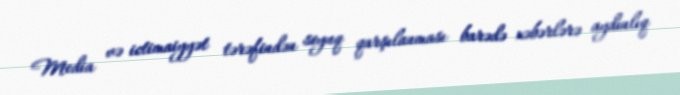
Media və ictimaiyyət tərəfindən soyuq qarşılanması barədə xəbərlərə aydınlıq